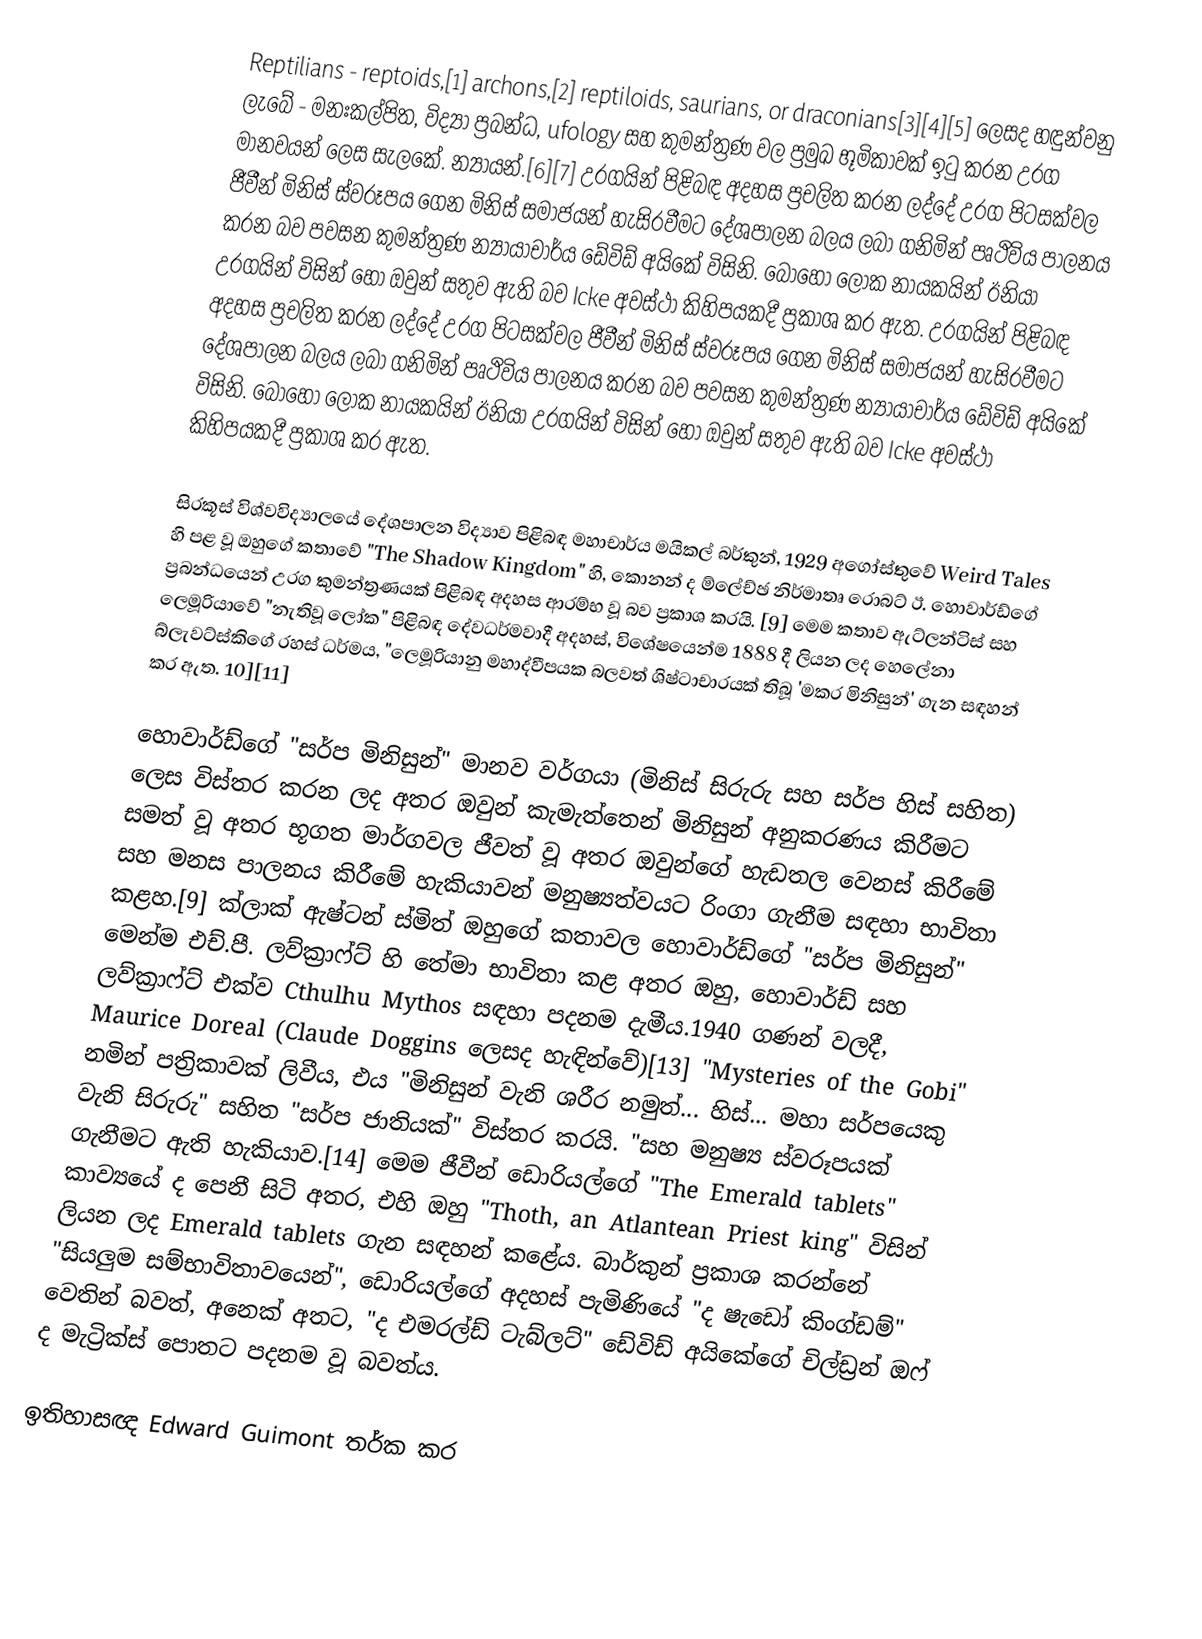
Reptilians - reptoids,[1] archons,[2] reptiloids, saurians, or draconians[3][4][5] ලෙසද හඳුන්වනු ලැබේ - මනඃකල්පිත, විද්‍යා ප්‍රබන්ධ, ufology සහ කුමන්ත්‍රණ වල ප්‍රමුඛ භූමිකාවක් ඉටු කරන උරග මානවයන් ලෙස සැලකේ. න්‍යායන්.[6][7] උරගයින් පිළිබඳ අදහස ප්‍රචලිත කරන ලද්දේ උරග පිටසක්වල ජීවීන් මිනිස් ස්වරූපය ගෙන මිනිස් සමාජයන් හැසිරවීමට දේශපාලන බලය ලබා ගනිමින් පෘථිවිය පාලනය කරන බව පවසන කුමන්ත්‍රණ න්‍යායාචාර්ය ඩේවිඩ් අයිකේ විසිනි. බොහෝ ලෝක නායකයින් ඊනියා උරගයින් විසින් හෝ ඔවුන් සතුව ඇති බව Icke අවස්ථා කිහිපයකදී ප්‍රකාශ කර ඇත. උරගයින් පිළිබඳ අදහස ප්‍රචලිත කරන ලද්දේ උරග පිටසක්වල ජීවීන් මිනිස් ස්වරූපය ගෙන මිනිස් සමාජයන් හැසිරවීමට දේශපාලන බලය ලබා ගනිමින් පෘථිවිය පාලනය කරන බව පවසන කුමන්ත්‍රණ න්‍යායාචාර්ය ඩේවිඩ් අයිකේ විසිනි. බොහෝ ලෝක නායකයින් ඊනියා උරගයින් විසින් හෝ ඔවුන් සතුව ඇති බව Icke අවස්ථා කිහිපයකදී ප්‍රකාශ කර ඇත.

සිරකූස් විශ්වවිද්‍යාලයේ දේශපාලන විද්‍යාව පිළිබඳ මහාචාර්ය මයිකල් බර්කුන්, 1929 අගෝස්තුවේ Weird Tales හි පළ වූ ඔහුගේ කතාවේ "The Shadow Kingdom" හි, කොනන් ද ම්ලේච්ඡ නිර්මාතෘ රොබට් ඊ. හොවාර්ඩ්ගේ ප්‍රබන්ධයෙන් උරග කුමන්ත්‍රණයක් පිළිබඳ අදහස ආරම්භ වූ බව ප්‍රකාශ කරයි. [9] මෙම කතාව ඇට්ලන්ටිස් සහ ලෙමූරියාවේ "නැතිවූ ලෝක" පිළිබඳ දේවධර්මවාදී අදහස්, විශේෂයෙන්ම 1888 දී ලියන ලද හෙලේනා බ්ලැවට්ස්කිගේ රහස් ධර්මය, "ලෙමූරියානු මහාද්වීපයක බලවත් ශිෂ්ටාචාරයක් තිබූ 'මකර මිනිසුන්' ගැන සඳහන් කර ඇත. 10][11]

හොවාර්ඩ්ගේ "සර්ප මිනිසුන්" මානව වර්ගයා (මිනිස් සිරුරු සහ සර්ප හිස් සහිත) ලෙස විස්තර කරන ලද අතර ඔවුන් කැමැත්තෙන් මිනිසුන් අනුකරණය කිරීමට සමත් වූ අතර භූගත මාර්ගවල ජීවත් වූ අතර ඔවුන්ගේ හැඩතල වෙනස් කිරීමේ සහ මනස පාලනය කිරීමේ හැකියාවන් මනුෂ්‍යත්වයට රිංගා ගැනීම සඳහා භාවිතා කළහ.[9] ක්ලාක් ඇෂ්ටන් ස්මිත් ඔහුගේ කතාවල හොවාර්ඩ්ගේ "සර්ප මිනිසුන්" මෙන්ම එච්.පී. ලව්ක්‍රාෆ්ට් හි තේමා භාවිතා කළ අතර ඔහු, හොවාර්ඩ් සහ ලව්ක්‍රාෆ්ට් එක්ව Cthulhu Mythos සඳහා පදනම දැමීය.1940 ගණන් වලදී, Maurice Doreal (Claude Doggins ලෙසද හැඳින්වේ)[13] "Mysteries of the Gobi" නමින් පත්‍රිකාවක් ලිවීය, එය "මිනිසුන් වැනි ශරීර නමුත්... හිස්... මහා සර්පයෙකු වැනි සිරුරු" සහිත "සර්ප ජාතියක්" විස්තර කරයි. "සහ මනුෂ්‍ය ස්වරූපයක් ගැනීමට ඇති හැකියාව.[14] මෙම ජීවීන් ඩොරියල්ගේ "The Emerald tablets" කාව්‍යයේ ද පෙනී සිටි අතර, එහි ඔහු "Thoth, an Atlantean Priest king" විසින් ලියන ලද Emerald tablets ගැන සඳහන් කළේය. බාර්කුන් ප්‍රකාශ කරන්නේ "සියලුම සම්භාවිතාවයෙන්", ඩොරියල්ගේ අදහස් පැමිණියේ "ද ෂැඩෝ කිංග්ඩම්" වෙතින් බවත්, අනෙක් අතට, "ද එමරල්ඩ් ටැබ්ලට්" ඩේවිඩ් අයිකේගේ චිල්ඩ්‍රන් ඔෆ් ද මැට්‍රික්ස් පොතට පදනම වූ බවත්ය.

ඉතිහාසඥ Edward Guimont තර්ක කර